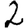
Digit: 2